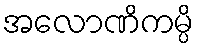
အလောဏိကမ္ပိ